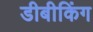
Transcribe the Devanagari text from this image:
डीबीकिंग